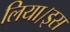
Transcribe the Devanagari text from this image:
लिया।इस